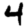
Digit: 4